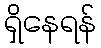
ရှိနေရန်